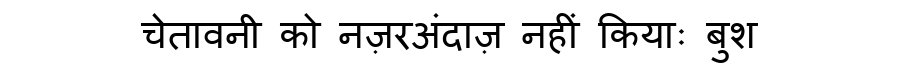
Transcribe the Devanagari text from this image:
चेतावनी को नज़रअंदाज़ नहीं कियाः बुश